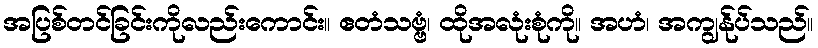
အပြစ်တင်ခြင်းကိုလည်းကောင်း။ ဧတံသဗ္ဗံ၊ ထိုအလုံးစုံကို။ အဟံ၊ အကျွန်ုပ်သည်။